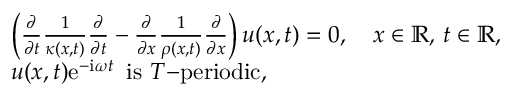
\begin{array} { r l } & { \left( \frac { \partial } { \partial t } \frac { 1 } { \kappa ( x , t ) } \frac { \partial } { \partial t } - \frac { \partial } { \partial x } \frac { 1 } { \rho ( x , t ) } \frac { \partial } { \partial x } \right) u ( x , t ) = 0 , \quad x \in \mathbb { R } , \, t \in \mathbb { R } , } \\ & { u ( x , t ) \mathrm { e } ^ { - \mathrm { i } \omega t } \, \, \, \mathrm { i s } \, \, T \mathrm { - p e r i o d i c } , } \end{array}